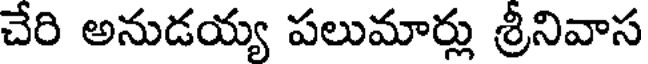
చేరి అనుడయ్య పలుమార్లు శ్రీనివాస